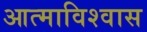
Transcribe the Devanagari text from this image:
आत्माविश्वास